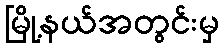
မြို့နယ်အတွင်းမှ